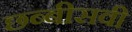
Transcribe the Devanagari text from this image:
छब्बीसवी